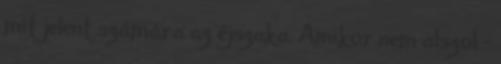
mit jelent számára az éjszaka. Amikor nem alszol –